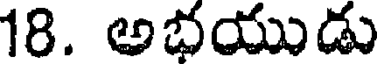
18. అభయుడు